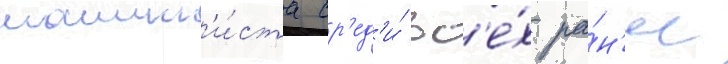
машин'и́ста ср'ед'и́ вс'е́х ра́н'ее